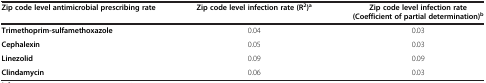
| Zip code level antimicrobial prescribing rate | Zip code level infection rate (R2)a | Zip code level infection rate |
 |  |  | (Coefficient of partial determination)b |
 | --- | --- | --- |
 | Trimethoprim-sulfamethoxazole | 0.04 | 0.03 |
 | Cephalexin | 0.05 | 0.03 |
 | Linezolid | 0.09 | 0.09 |
 | Clindamycin | 0.06 | 0.03 |